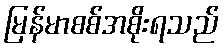
မြန်မာစစ်အစိုးရသည်